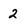
Character: 2